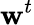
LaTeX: \mathbf{w}^{t}